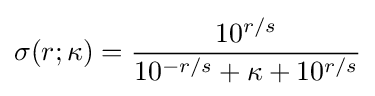
\sigma (r;\kappa )={\frac {10^{r/s}}{10^{-r/s}+\kappa +10^{r/s}}}